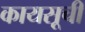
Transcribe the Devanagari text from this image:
कायसूची